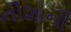
નીશાની